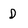
Character: D